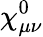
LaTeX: \chi_{\mu\nu}^{0}